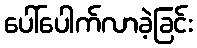
ပေါ်ပေါက်လာခဲ့ခြင်း